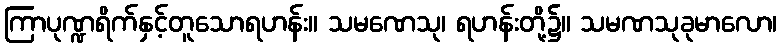
ကြာပုဏ္ဍရိက်နှင့်တူသောရဟန်း။ သမဏေသု၊ ရဟန်းတို့၌။ သမဏသုခုမာလော၊